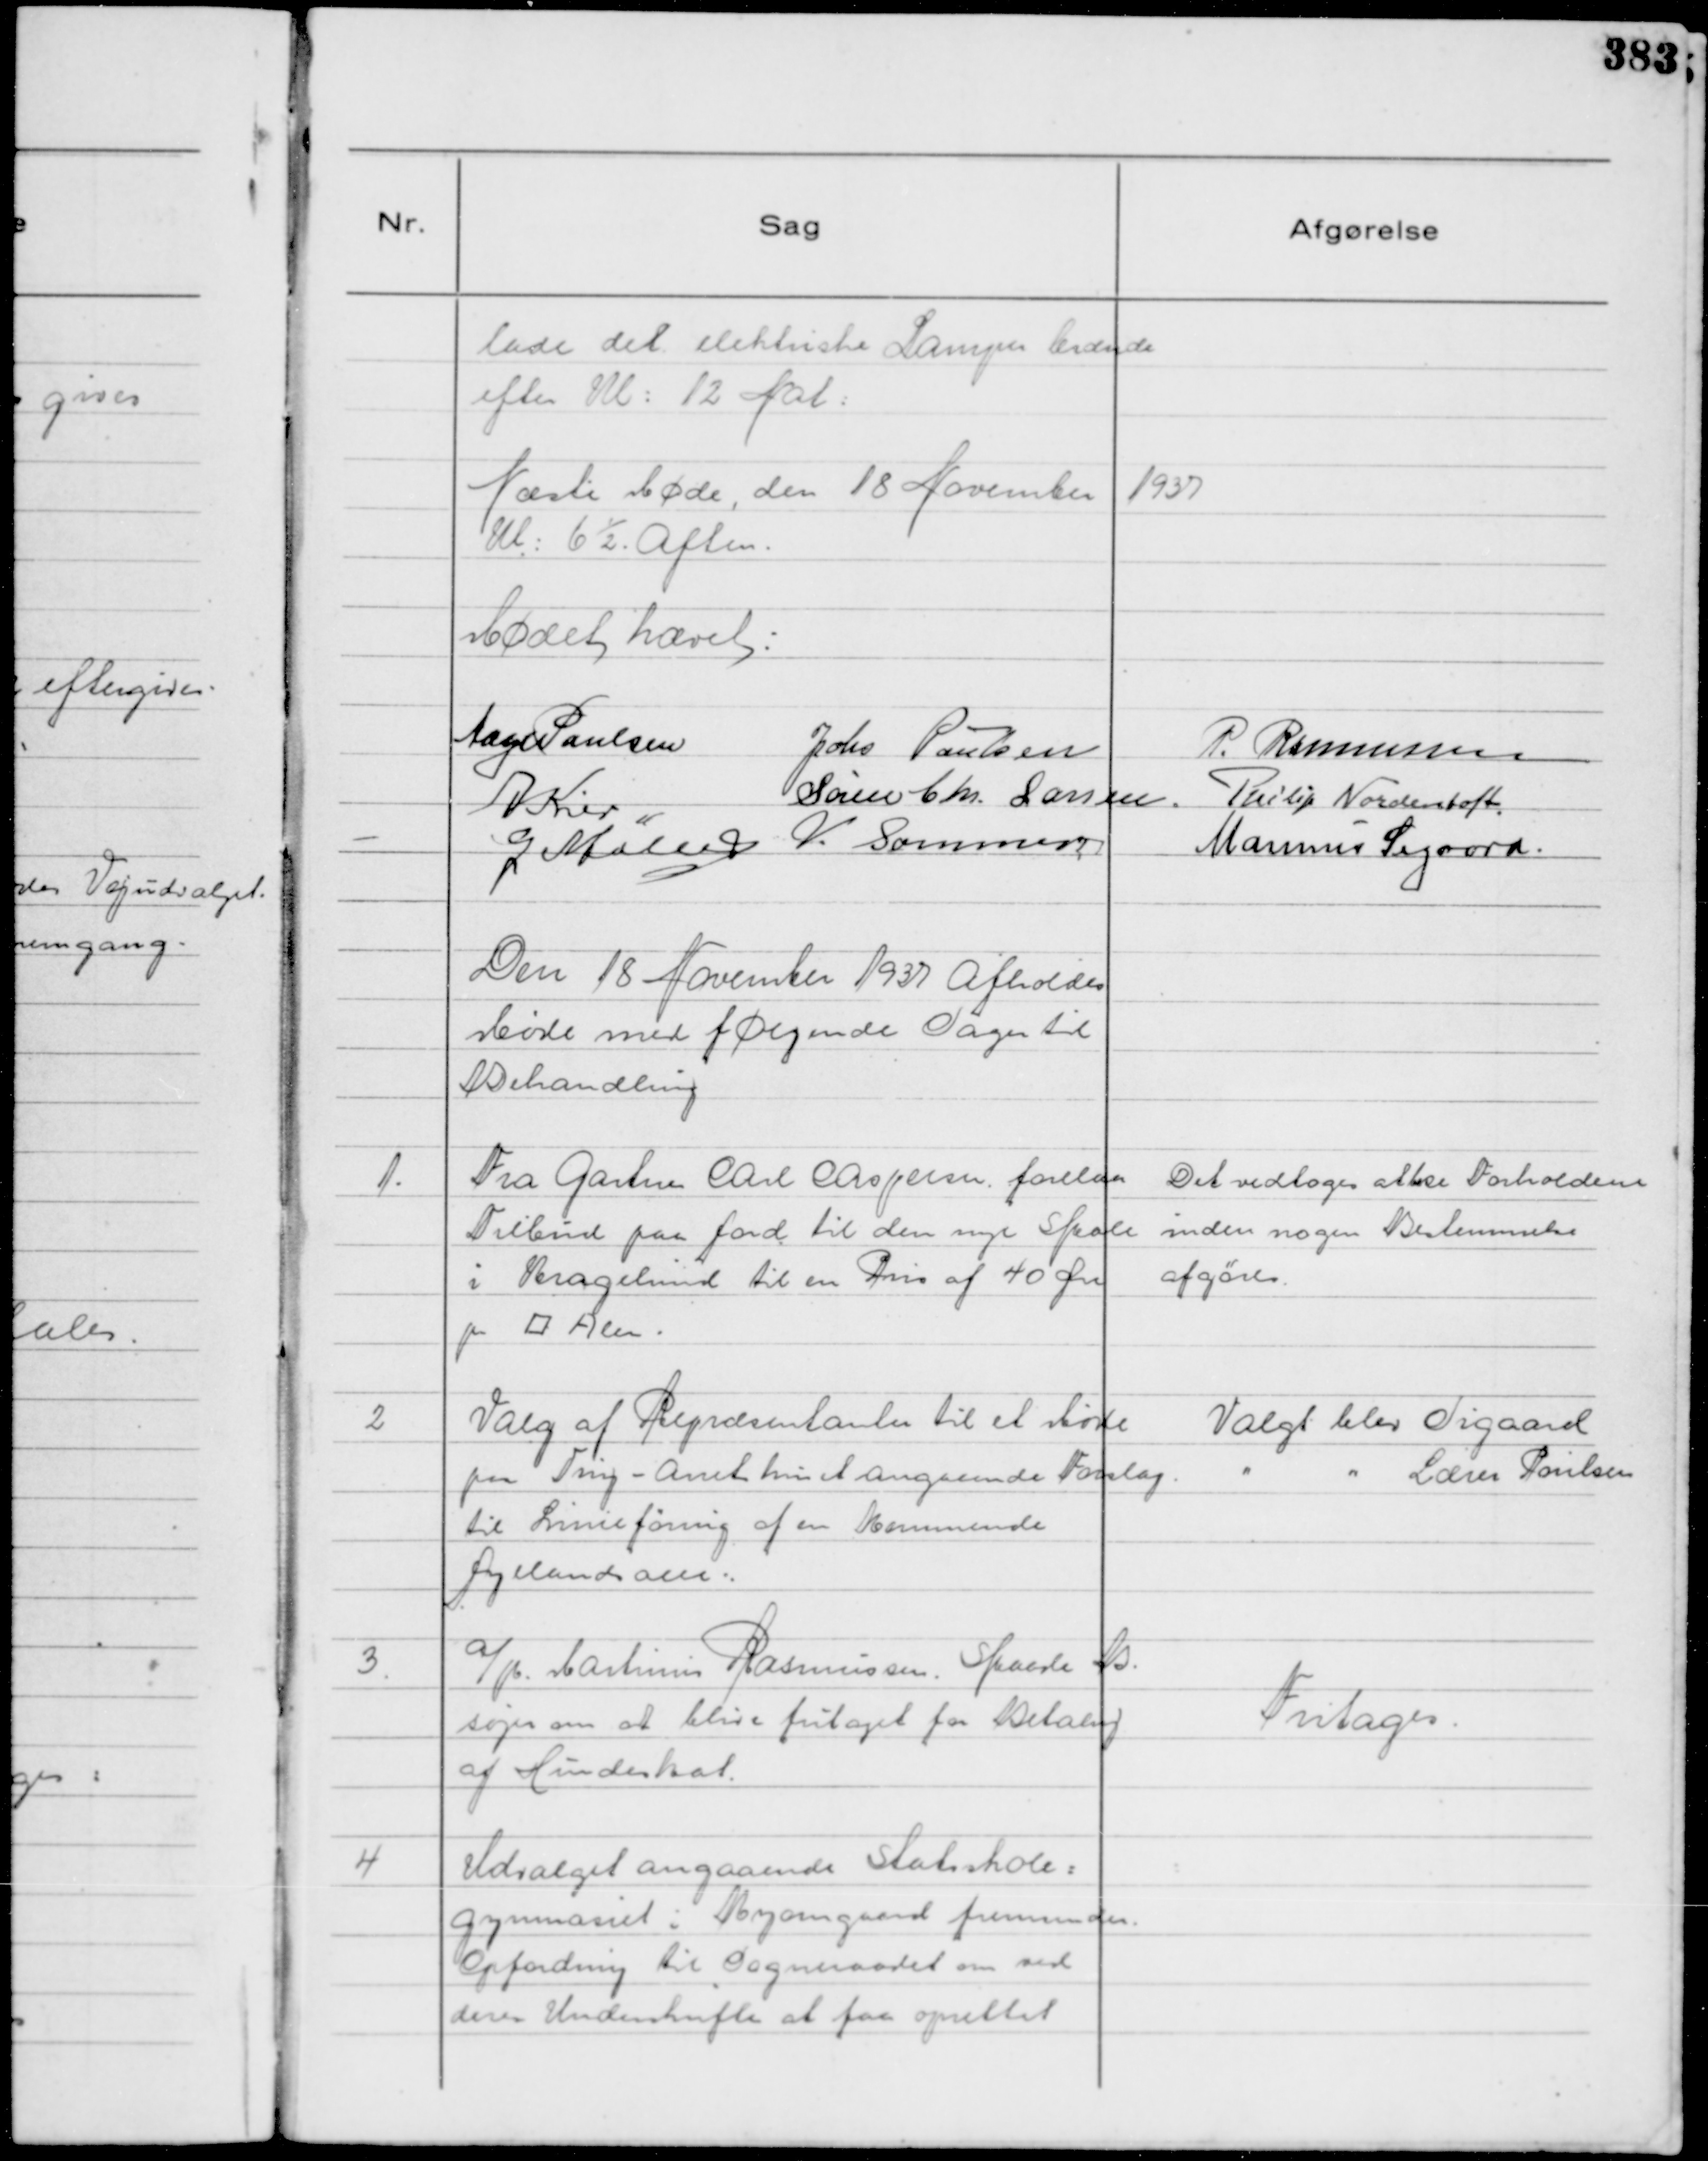
Transskription:
lade det elektriske Lamper brænde
efter Kl: 12 Nat:

Næste Møde, den 18 November 1937
Kl: 6½. Aften.

Mødet hævet:

Aage Poulsen
Johs Poulsen
P. Rasmussen
A Kier
Søren Chr. Larsen.
Philip Nordentoft.
G Møller
V. Sommer
Marinus Sigaard.

Den 18 November 1937 afholdes
Møde med følgende Sager til
Behandling

1.
Fra Gartner Carl Caspersen forelaa
Tilbud paa Jord til den nye Skole
i Kragelund til en Pris af 40 Øre
pr ⁥ Alen.

Det vedtoges at bese Forholdene
inden nogen Bestemmelse
afgøres.

2
Valg af Repræsentanter til et Møde
paa Ting - Amt hvis et angaaende Forslag
til Linieføring af en kommende
Jyllandsalle:

Valgt blev Sigaard
" " Lærer Poulsen

3.

a/p Martinus Rasmussen. Skaade B.
søger om at blive fritaget for Betaling
af Hundeskat.

Fritages.

4
Udvalget angaaende Statsskole=
gymnasiet i Ryomgaard fremsender .
Opfordring til Sogneraadet om ved
deres Underskrifter at faa oprettet